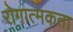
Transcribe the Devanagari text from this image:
रोगात्मकता